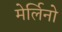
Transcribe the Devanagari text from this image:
मेर्लिनो